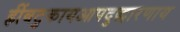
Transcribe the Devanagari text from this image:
ह्रींबटुकायआपदुद्धारणाय